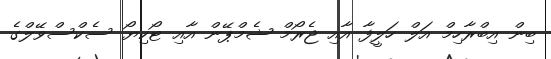
ބިން އިބްރާހިމް އަލް ހަލީފާ އާއި ޖެރޯމް ޝެމްޕޭން އާއި ޓޯކިޔޯ ސެކްސްވޭލްގެ